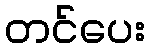
တင်ပေး